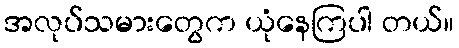
အလုပ်သမားတွေက ယုံနေကြပါ တယ်။